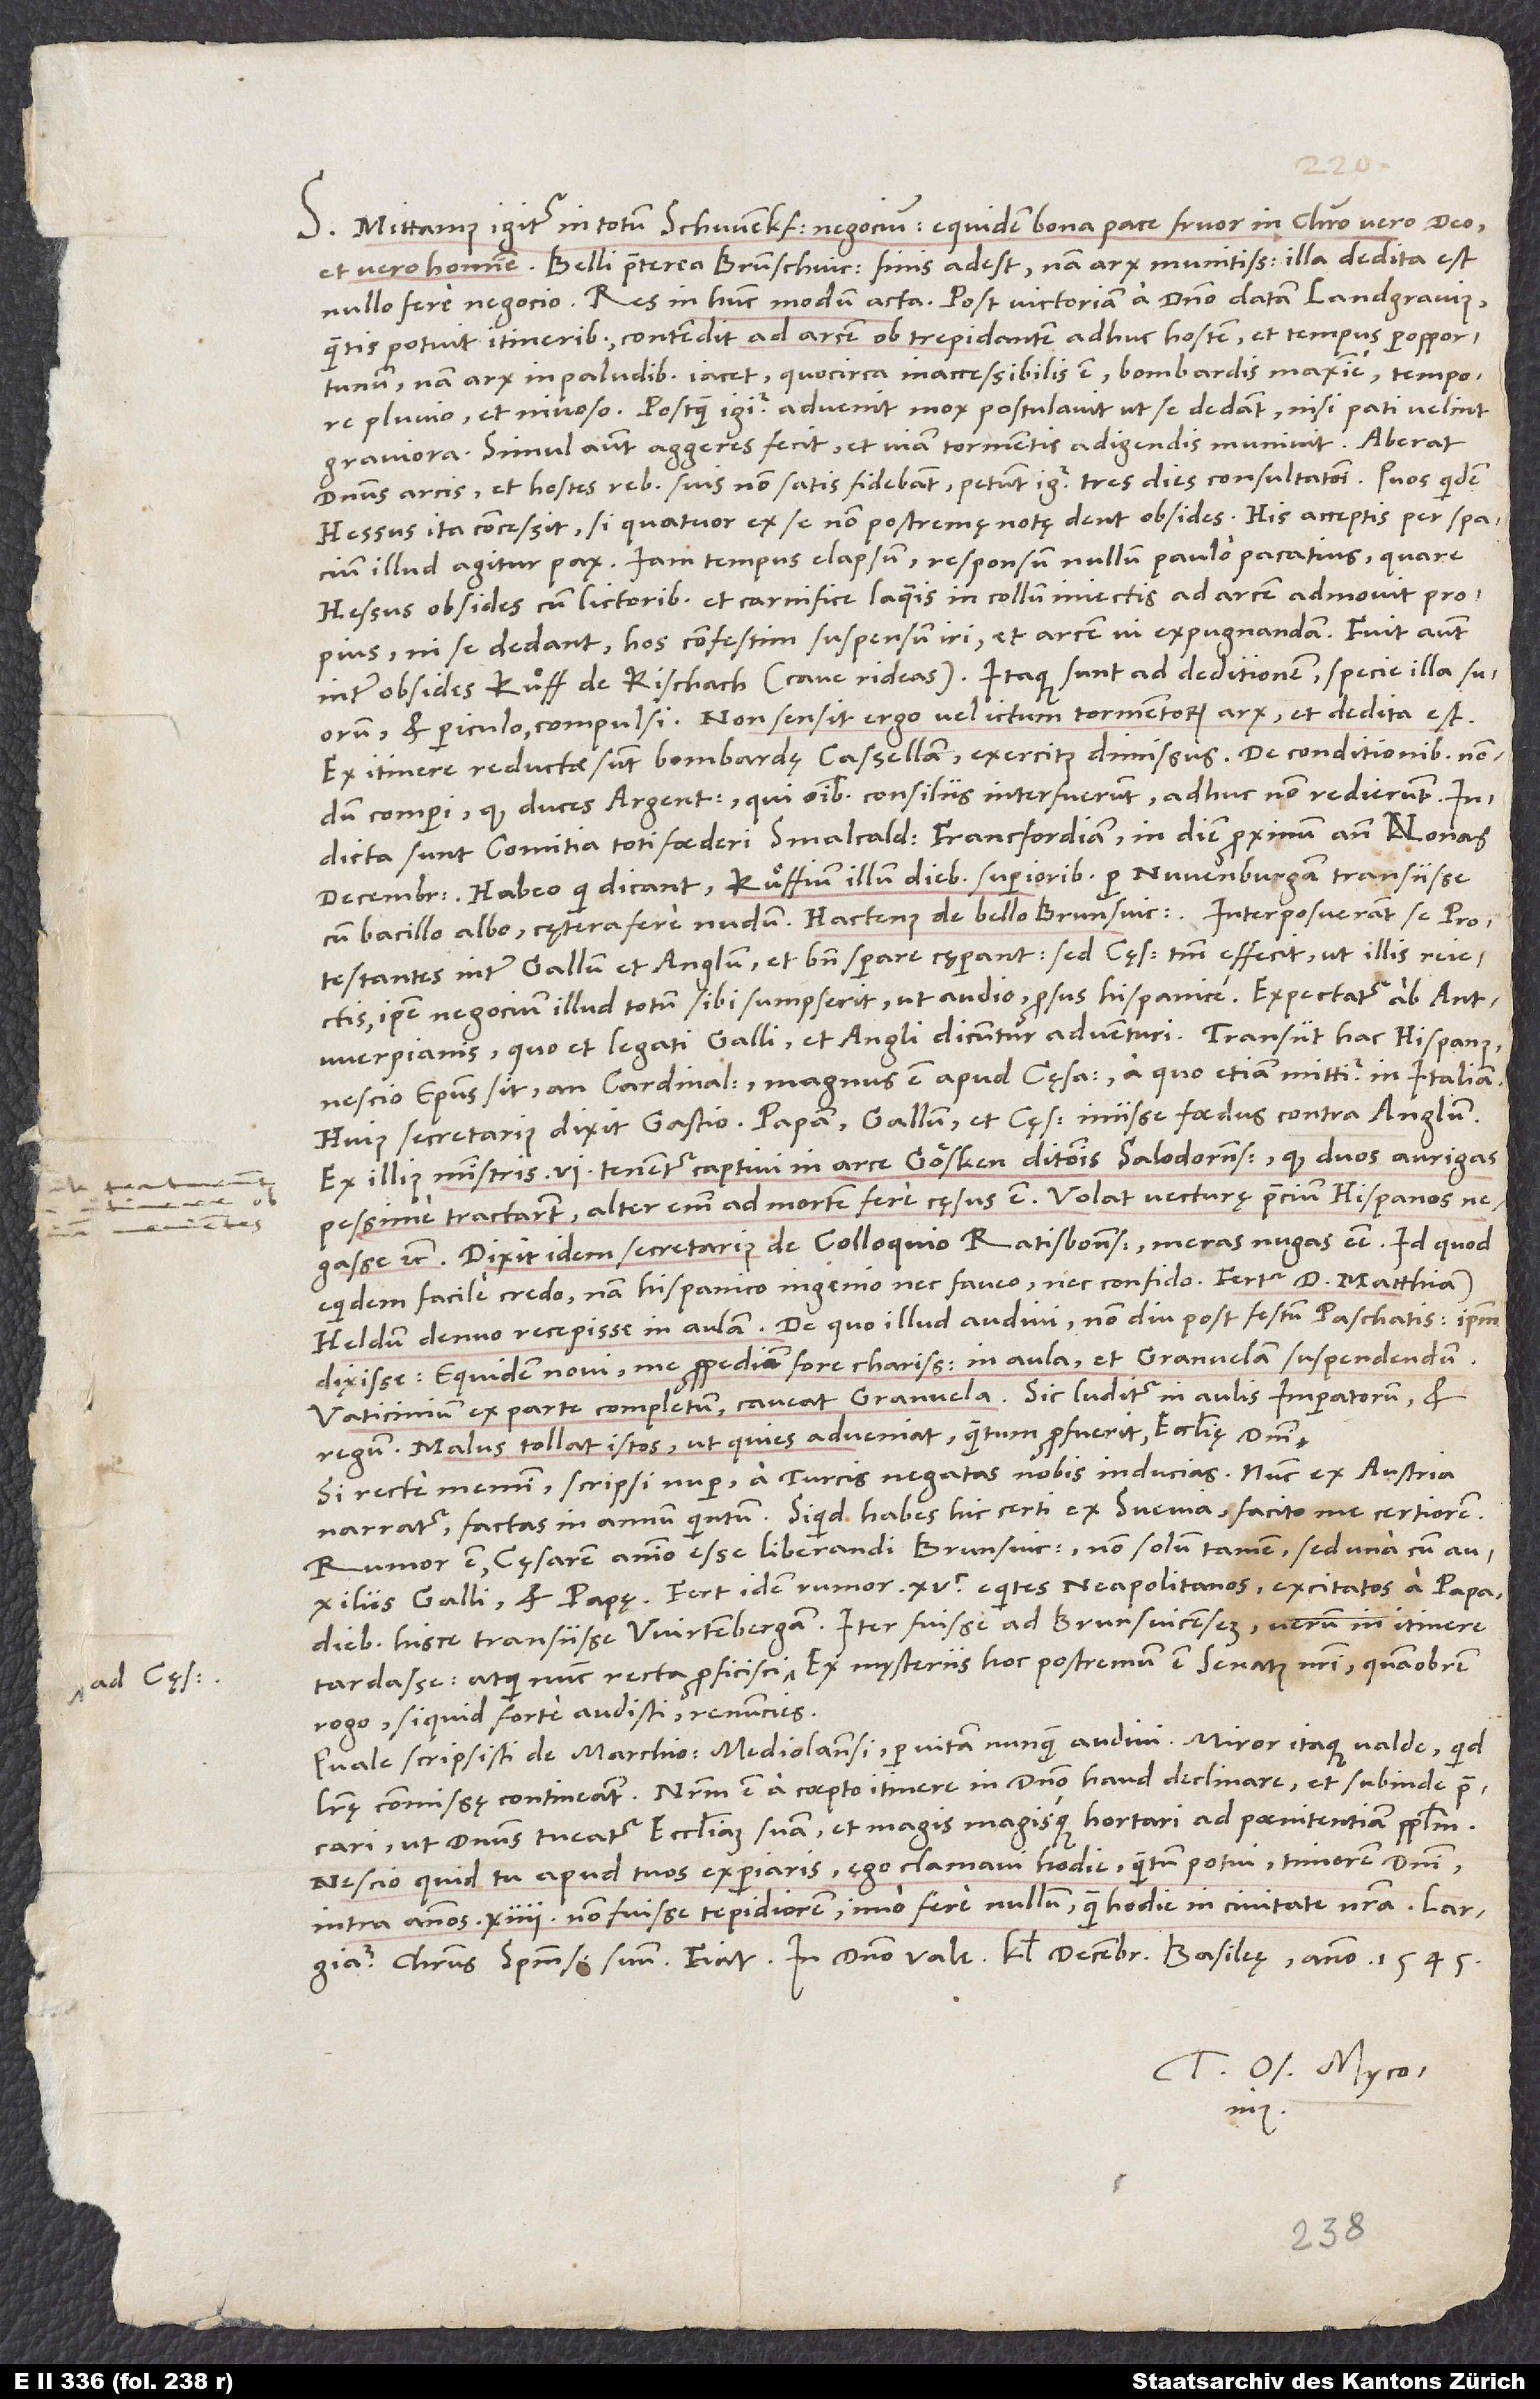
S. Mittamus igitur in totum Schwenkfeldii negocium; equidem bona pace fruor in Christo vero deo
Belli praeterea Brunschvicensis finis adest. Nam arx munitissima illa dedita est
nullo fere negocio. Res in hunc modum acta: Post victoriam a domino datam landgravius,
quantis potuit itineribus, contendit ad arcem ob trepidantem adhuc hostem et tempus peropportunum;
nam arx in paludibus iacet, quocirca inaccessibilis est, bombardis maxime, tempore
graviora. Simul autem aggeres fecit et viam tormentis adigendis munivit.
dominus arcis, et hostes rebus suis non satis fidebant. Petunt igitur tres dies consultationi. Quos quidem
Hessus ita concessit, si quatuor ex se non postremę notę dent obsides. His acceptis per spacium
Hessus obsides cum lictoribus et carnifice laqueis in collum iniectis ad arcem admovit propius,
ni se dedant, hos confestim suspensum iri et arcem vi expugnandam.
inter obsides Ruͦff de Rischach (cave rideas). Itaque sunt ad deditionem specie illa suorum
et periculo compulsi. Non sensit ergo vel ictum tormentorum arx, et dedita est!
Ex itinere reductae sunt bombardę Cassellam, exercitus dimissus. De conditionibus nondum
comperi, quod duces Argentinenses, qui omnibus consiliis interfuerunt, adhuc non redierunt.
Indicta sunt comitia toti foederi Smalcaldico Francfordiam in diem proximum ante nonas
decembris. Habeo, qui dicant Ruͦffium illum diebus superioribus per Nuvenburgam transiisse
Protestantes inter Gallum et Anglum et bene sperare cęperant; sed cęsar tantum effecit, ut illis reiectis
ipse negocium illud totum sibi sumpserit, ut audio: Prorsus Hispanice! Expectatur ab Antverpianis,
Nescio episcopus sit an cardinalis. Magnus est apud cęsarem, a quo etiam mittitur in Italiam.
Huius secretarius dixit Gastio papam, Gallum et cęsarem iniisse foedus contra Anglum.
Ex illius ministris 6 tenentur captivi in arce Gösken ditionis Solodornensis, quod duos aurigas
pessime tractarent; alter enim ad mortem fere cęsus est. Volat vecturę precium Hispanos
negasse, etc. Dixit idem secretarius de colloquio Ratisbonensi meras nugas esse; id quod
equidem facile credo, nam Hispanico ingenio nec faveo nec confido. Fertur d. Matthiam
Heldum denuo recepisse in aulam. De quo illud audivi, non diu post festum paschatis ipsum
dixisse: „Equidem novi me propediem fore charissimum in aula et Granvelam suspendendum.“
Vaticinium ex parte completum; caveat Granvela! Sic luditur in aulis imperatorum et
regum. Malus tollat istos, ut quies adveniat, quantum profuerit ecclesię domini!
Si recte memini, scripsi nuper a Turcis negatas nobis inducias. Nunc ex Austria
narratur factas in annum quintum. Si quid habes hic certi ex Suevia, facito me certiorem.
Rumor est cęsarem animo esse liberandi Brunsvicensem, non solum tamen, sed una cum auxiliis
Galli et papę. Fert idem rumor 1’500 equites Neapolitanos excitatos a papa
diebus hisce transiisse Wirtembergam. Iter fuisse ad Brunsvicensem, verum in itinere
tardasse, atque nunc recta proficisci ad cęsarem. Ex mysteriis hoc postremum est senatus nostri; quamobrem
rogo, si quid forte audisti, renuncies.
Quale scripsisti de marchione Mediolanensi, per vitam nunquam audivi! Miror itaque valde, quid
precari, ut dominus tueatur ecclesiam suam, et magis magisque hortari ad poenitentiam populum.
Nescio, quid tu apud tuos experiaris. Ego clamavi hodie, quantum potui, timorem domini
intra annos 14 non fuisse tepidiorem, imo fere nullum, quam hodie in civitate nostra. Largiatur